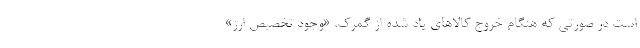
است در صورتی که هنگام خروج کالاهای یاد شده از گمرک، «وجود تخصیص ارز»